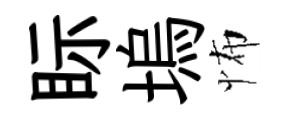
眎塢怖